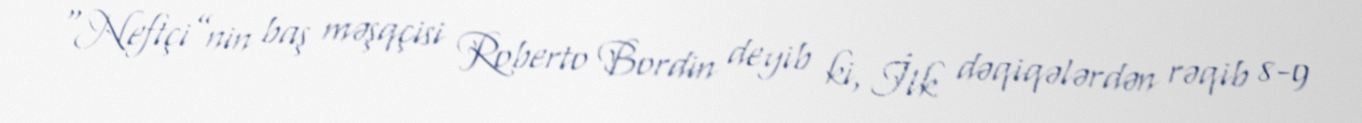
“Neftçi”nin baş məşqçisi Roberto Bordin deyib ki, İlk dəqiqələrdən rəqib 8-9